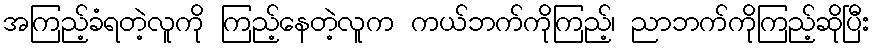
အကြည့်ခံရတဲ့လူကို ကြည့်နေတဲ့လူက ကယ်ဘက်ကိုကြည့်၊ ညာဘက်ကိုကြည့်ဆိုပြီး